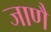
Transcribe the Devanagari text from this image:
जाणै